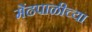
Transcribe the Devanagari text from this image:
मेंढपाळीच्या